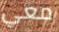
معي